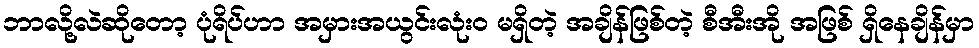
ဘာလို့လဲဆိုတော့ ပုံရိပ်ဟာ အမှားအယွင်းလုံး၀ မရှိတဲ့ အချိန်ဖြစ်တဲ့ စီအီးအို အဖြစ် ရှိနေချိန်မှာ